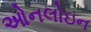
ઓનલોઇન